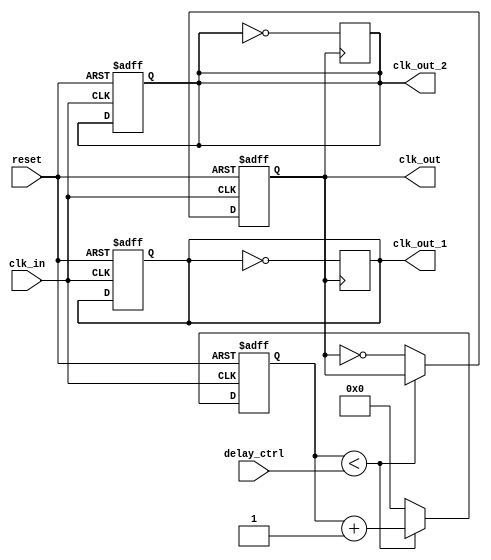
module DelayClockBuffer (
    input wire clk_in,             // Input clock signal
    input wire reset,              // Reset signal
    input wire [3:0] delay_ctrl,   // Delay control signal (4-bit for 16 different delays)
    output reg clk_out,            // Delayed clock output
    output reg clk_out_1,          // Additional delayed clock output (optional)
    output reg clk_out_2           // Another delayed clock output (optional)
);

    // Parameter for max delay in clock cycles
    parameter MAX_DELAY = 15;      // Maximum delay setting (0 to 15)
    parameter MIN_DELAY = 0;        // Minimum delay setting

    // Internal signal to keep track of the clock state
    reg [3:0] delay_counter;        // Delay counter

    // Clock generation with delay
    always @(posedge clk_in or posedge reset) begin
        if (reset) begin
            clk_out <= 0;           // Reset output clock
            clk_out_1 <= 0;         // Reset additional output
            clk_out_2 <= 0;         // Reset another additional output
            delay_counter <= 0;      // Reset delay counter
        end else begin
            // Update delay counter
            if (delay_counter < delay_ctrl) begin
                delay_counter <= delay_counter + 1;
            end else begin
                clk_out <= ~clk_out; // Toggle the output clock after the delay
                delay_counter <= 0;   // Reset the delay counter
            end
        end
    end

    // Additional delayed clock outputs
    always @(posedge clk_out) begin
        clk_out_1 <= ~clk_out_1;     // Toggle first additional output
        clk_out_2 <= ~clk_out_2;     // Toggle second additional output
    end

endmodule